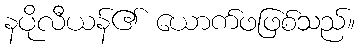
နပိုလီယန်၏ ယောက်ဖဖြစ်သည်။